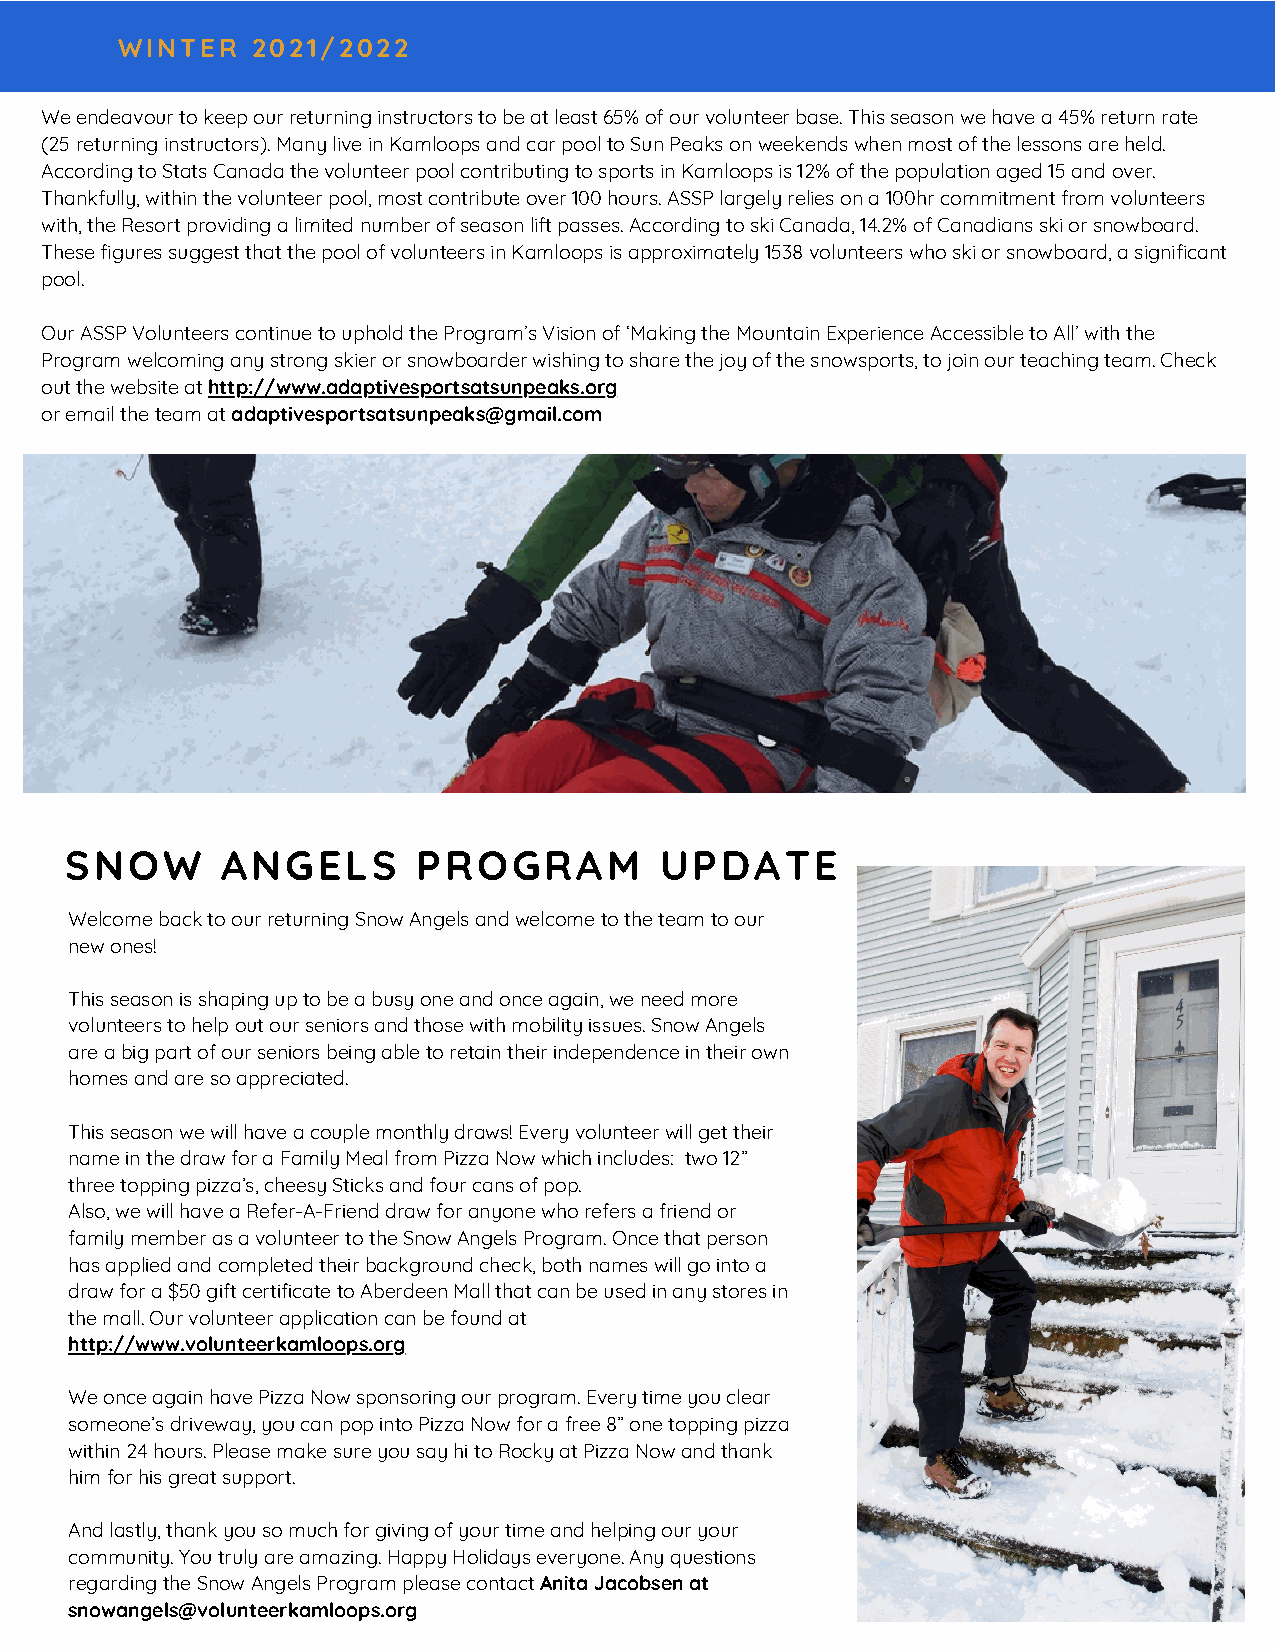
WINTER   2021/2022
 We endeavour to keep our returning instructors to be at least 65% of our volunteer base. This season we have a 45% return rate
 (25 returning instructors). Many live in Kamloops and car pool to Sun Peaks on weekends when most of the lessons are held.
 According to Stats Canada the volunteer pool contributing to sports in Kamloops is 12% of the population aged 15 and over.
 Thankfully, within the volunteer pool, most contribute over 100 hours. ASSP largely relies on a 100hr commitment from volunteers
 with, the Resort providing a limited number of season lift passes. According to ski Canada, 14.2% of Canadians ski or snowboard.
 These figures suggest that the pool of volunteers in Kamloops is approximately 1538 volunteers who ski or snowboard, a significant
 pool.
 Our ASSP Volunteers continue to uphold the Program’s Vision of ‘Making the Mountain Experience Accessible to All’ with the
 Program welcoming any strong skier or snowboarder wishing to share the joy of the snowsports, to join our teaching team. Check
 out the website at http://www.adaptivesportsatsunpeaks.org
 or email the team at adaptivesportsatsunpeaks@gmail.com
 SNOW       ANGELS       PROGRAM         UPDATE
 Welcome back to our returning Snow Angels and welcome to the team to our
 new ones!
 This season is shaping up to be a busy one and once again, we need more
 volunteers to help out our seniors and those with mobility issues. Snow Angels
 are a big part of our seniors being able to retain their independence in their own
 homes and are so appreciated.
 This season we will have a couple monthly draws! Every volunteer will get their
 name in the draw for a Family Meal from Pizza Now which includes: two 12”
 three topping pizza’s, cheesy Sticks and four cans of pop.
 Also, we will have a Refer-A-Friend draw for anyone who refers a friend or
 family member as a volunteer to the Snow Angels Program. Once that person
 has applied and completed their background check, both names will go into a
 draw for a $50 gift certificate to Aberdeen Mall that can be used in any stores in
 the mall. Our volunteer application can be found at
 http://www.volunteerkamloops.org
 We once again have Pizza Now sponsoring our program. Every time you clear
 someone’s driveway, you can pop into Pizza Now for a free 8” one topping pizza
 within 24 hours. Please make sure you say hi to Rocky at Pizza Now and thank
 him for his great support.
 And lastly, thank you so much for giving of your time and helping our your
 community. You truly are amazing. Happy Holidays everyone. Any questions
 regarding the Snow Angels Program please contact Anita Jacobsen at
 snowangels@volunteerkamloops.org